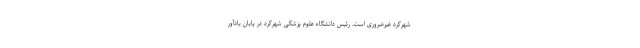
شهرکرد غیرضروری است. رئیس دانشگاه علوم پزشکی شهرکرد در پایان یادآور